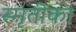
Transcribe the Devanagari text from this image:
स्मृतीका